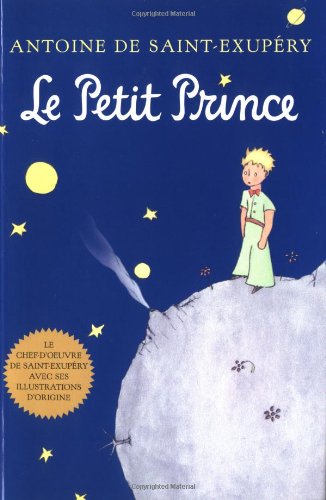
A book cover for Le Petit Prince (French Language Edition); Antoine de Saint-ExupÃ©ry; Literature & Fiction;